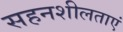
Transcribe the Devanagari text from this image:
सहनशीलताएं